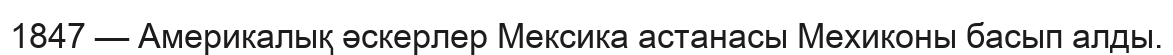
1847 — Америкалық әскерлер Мексика астанасы Мехиконы басып алды.